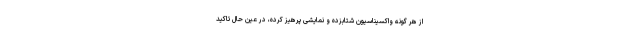
از هر گونه واکسیناسیون شتابزده و نمایشی پرهیز کرده، در عین حال تاکید